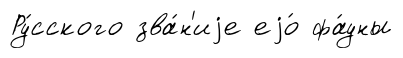
Ру́сского зва́н'иjе еjо́ фа́уны